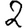
Digit: 2